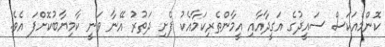
ކޮންމެއަކަސް ސައީދުގެ އަގީދާއާއި އީމާންތެރިކަމާއެކު ފެށި ދަތުރު އޭނާ ވަނީ ކާމިޔާބުކޮށްފަ އެވެ.